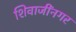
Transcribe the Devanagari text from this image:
शिवाजींनगर